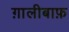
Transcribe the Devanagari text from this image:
ग़ालीबाफ़